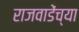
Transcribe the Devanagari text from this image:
राजवाडेंच्या